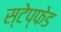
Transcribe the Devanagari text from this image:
स्टेप्फेड